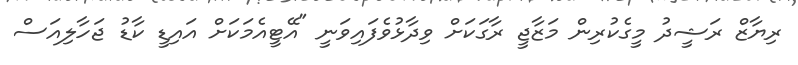
ރިޔާޒް ރަޝީދު މީގެކުރިން މަޒާޖީ ރާގަކަށް ވިދާޅުވެފައިވަނީ "އޭޓީއެމަކަށް އައިޑީ ކާޑު ޖަހާލިއަސް